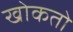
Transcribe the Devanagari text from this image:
खोकतो